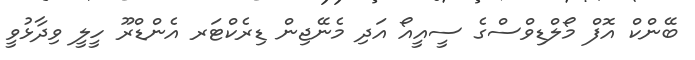
ބޭންކް އޮފް މޯލްޑިވްސްގެ ސީއީއޯ އަދި މެނޭޖިން ޑިރެކްޓަރ އެންޑްރޫ ހީލީ ވިދާޅުވީ